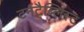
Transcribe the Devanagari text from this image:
टर्नटैब्लिस्ट